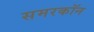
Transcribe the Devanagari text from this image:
समरकॉन